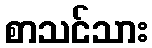
စာသင်သား